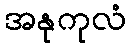
အနုကုလံ